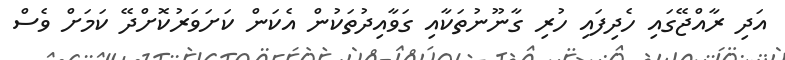
އަދި ރާއްޖޭގައި ހެދިފައި ހުރި ގާނޫނުތަކާއި ގަވާއިދުތަކުން އެކަން ކަށަވަރުކޮށްދޭ ކަމަށް ވެސް